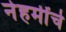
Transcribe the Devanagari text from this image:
नेहमींचे